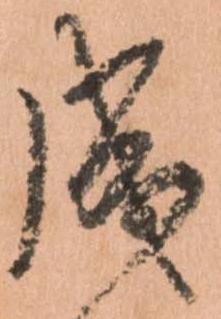
成